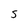
Character: S